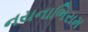
નયનાભિરામ